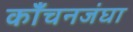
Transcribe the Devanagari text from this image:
काँचनजंघा